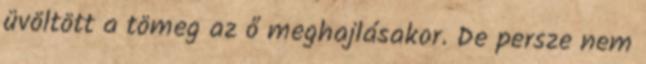
üvöltött a tömeg az ő meghajlásakor. De persze nem